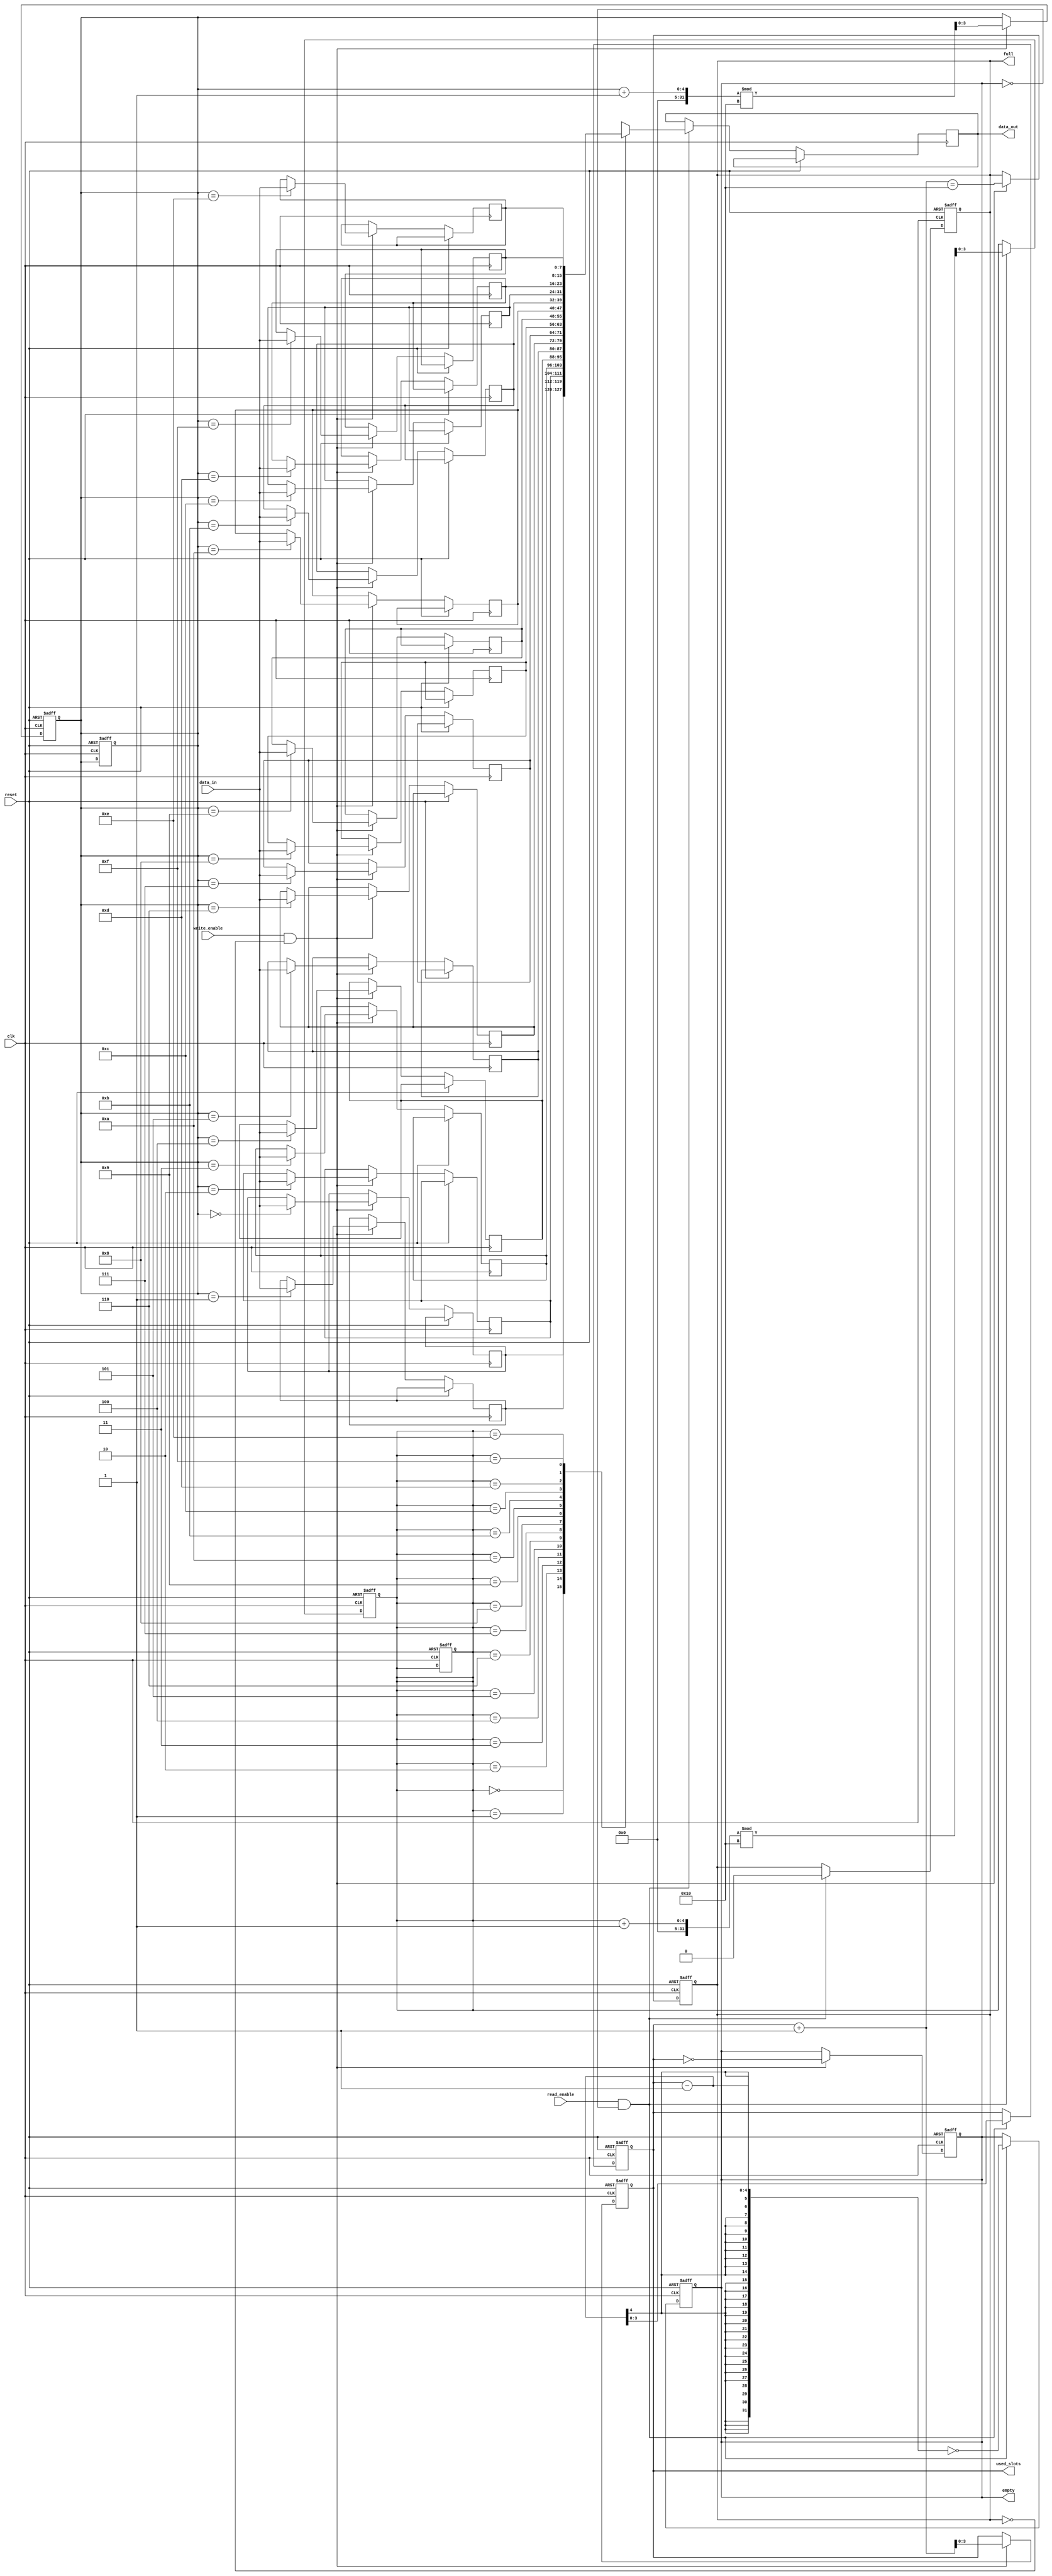
module parameterized_fifo #(
    parameter DATA_WIDTH = 8,       // Width of each data entry in bits
    parameter FIFO_DEPTH = 16        // Total number of entries (must be a power of two)
)(
    input wire clk,                  // Clock signal
    input wire reset,                // Asynchronous reset signal
    input wire write_enable,         // Control signal to allow data writing
    input wire read_enable,          // Control signal to allow data reading
    input wire [DATA_WIDTH-1:0] data_in, // Input data bus
    output reg [DATA_WIDTH-1:0] data_out, // Output data bus
    output reg full,                 // Status signal indicating FIFO is full
    output reg empty,                // Status signal indicating FIFO is empty
    output reg [$clog2(FIFO_DEPTH)-1:0] used_slots // Number of slots currently used
);

    // Memory array for FIFO storage
    reg [DATA_WIDTH-1:0] fifo_mem [0:FIFO_DEPTH-1];
    
    // Read and write pointers
    reg [$clog2(FIFO_DEPTH)-1:0] read_pointer;
    reg [$clog2(FIFO_DEPTH)-1:0] write_pointer;

    // Initial values
    initial begin
        read_pointer = 0;
        write_pointer = 0;
        used_slots = 0;
        full = 0;
        empty = 1;
    end

    // Write Operation
    always @(posedge clk or posedge reset) begin
        if (reset) begin
            read_pointer <= 0;
            write_pointer <= 0;
            used_slots <= 0;
            full <= 0;
            empty <= 1;
        end else begin
            if (write_enable && !full) begin
                fifo_mem[write_pointer] <= data_in; // Write data to FIFO
                write_pointer <= (write_pointer + 1) % FIFO_DEPTH; // Increment write pointer
                used_slots <= used_slots + 1; // Increment used slots count
                empty <= (used_slots == 0); // Update empty status
                full <= (used_slots + 1 == FIFO_DEPTH); // Update full status
            end
        end
    end

    // Read Operation
    always @(posedge clk or posedge reset) begin
        if (reset) begin
            read_pointer <= 0;
            write_pointer <= 0;
            used_slots <= 0;
            full <= 0;
            empty <= 1;
        end else begin
            if (read_enable && !empty) begin
                data_out <= fifo_mem[read_pointer]; // Read data from FIFO
                read_pointer <= (read_pointer + 1) % FIFO_DEPTH; // Increment read pointer
                used_slots <= used_slots - 1; // Decrement used slots count
                full <= (used_slots == FIFO_DEPTH); // Update full status
                empty <= (used_slots - 1 == 0); // Update empty status
            end
        end
    end

endmodule